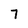
Character: 7